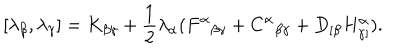
[ \lambda _ { \beta } , \lambda _ { \gamma } ] = K _ { \beta \gamma } + \frac 1 2 \lambda _ { \alpha } ( F ^ { \alpha } { } _ { \beta \gamma } + C ^ { \alpha } { } _ { \beta \gamma } + D _ { [ \beta } H _ { \gamma ] } ^ { \alpha } ) .